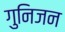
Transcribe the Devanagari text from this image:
गुनिजन